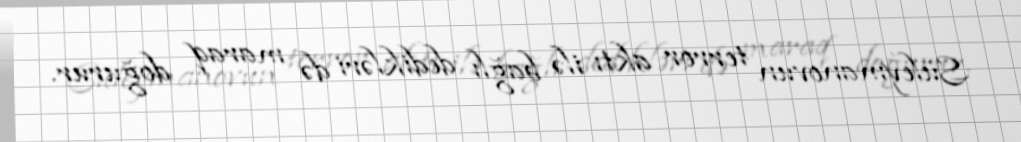
Süleymanovun terror aktı ilə bağlı dedikləri də maraq doğurur.